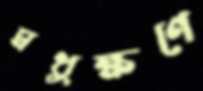
মধুক্ষণে